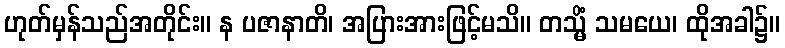
ဟုတ်မှန်သည်အတိုင်း။ န ပဇာနာတိ၊ အပြားအားဖြင့်မသိ။ တသ္မိံ သမယေ၊ ထိုအခါ၌။